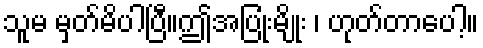
သူမ မှတ်မိပါပြီ။ဤအပြုံးမျိုး ၊ ဟုတ်တာပေါ့။